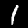
Label: 1